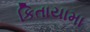
કિતાયામા